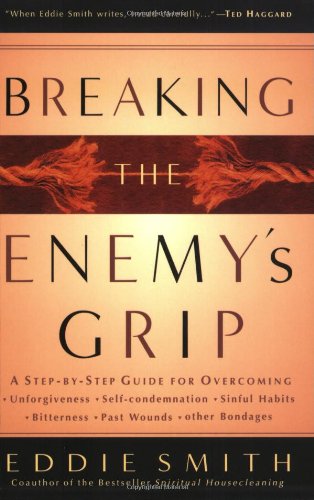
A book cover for Breaking the Enemy's Grip; Eddie Smith; Christian Books & Bibles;